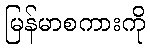
မြန်မာစကားကို